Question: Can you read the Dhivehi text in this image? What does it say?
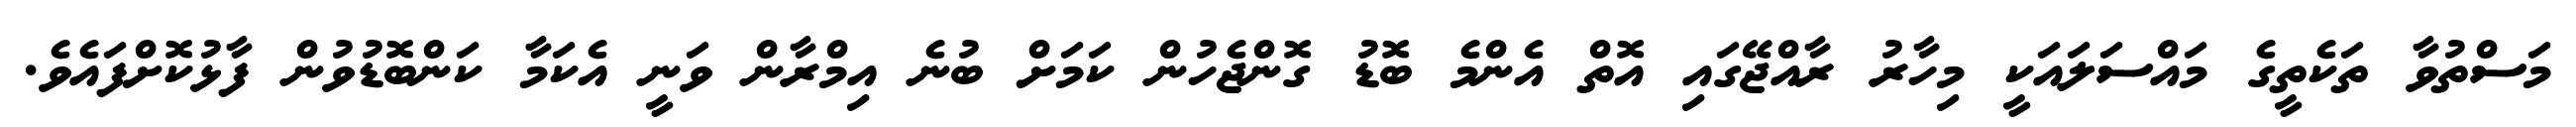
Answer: މަސްތުވާ ތަކެތީގެ މައްސަލައަކީ މިހާރު ރާއްޖޭގައި އޮތް އެންމެ ބޮޑު ގޮންޖެހުން ކަމަށް ބުނެ އިމްރާން ވަނީ އެކަމާ ކަންބޮޑުވުން ފާޅުކޮށްފައެވެ.